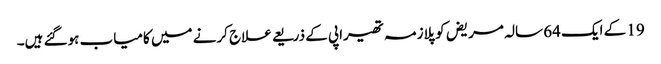
19 کے ایک 64 سالہ مریض کو پلازمہ تھیراپی کے ذریعے علاج کرنے میں کامیاب ہوگئے ہیں۔